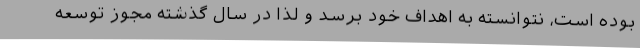
بوده است، نتوانسته به اهداف خود برسد و لذا در سال گذشته مجوز توسعه